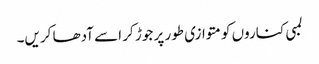
لمبی کناروں کو متوازی طور پر جوڑ کر اسے آدھا کریں۔